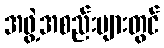
အဖွဲ့အစည်းများတွင်